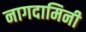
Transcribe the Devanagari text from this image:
नागदामिनी